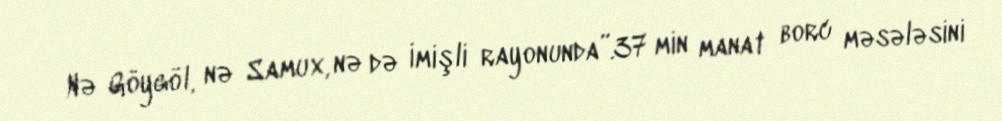
Nə Göygöl, nə Samux, nə də İmişli rayonunda”.37 min manat borc məsələsini